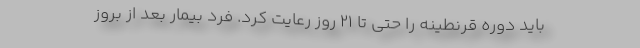
باید دوره قرنطینه را حتی تا ۲۱ روز رعایت کرد. فرد بیمار بعد از بروز